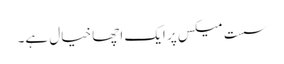
سست میکس پر ایک اچھا خیال ہے۔